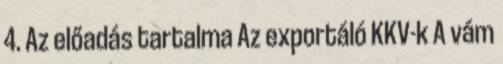
4. Az előadás tartalma Az exportáló KKV-k A vám